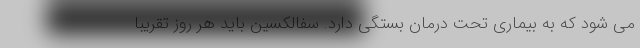
می شود که به بیماری تحت درمان بستگی دارد. سفالکسین باید هر روز تقریبا